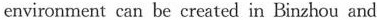
environment can be created in Binzhou and